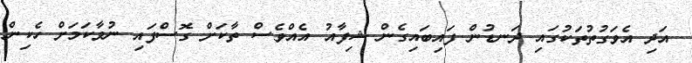
އަދި އެވަގުތުތަކުގައި ދަނޑުން ފައިބައިގެން ޝިފާއު އެއްވެސް ތާކަށް ގޮސްފައި ނުވާކަމަށް ހެކިން